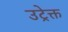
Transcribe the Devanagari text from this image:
उट्रेक्त